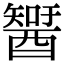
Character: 𨢮